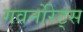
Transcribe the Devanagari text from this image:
गवर्नोरेट्स